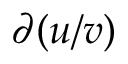
\partial ( u / v )